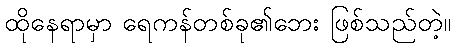
ထိုနေရာမှာ ရေကန်တစ်ခု၏ဘေး ဖြစ်သည်တဲ့။